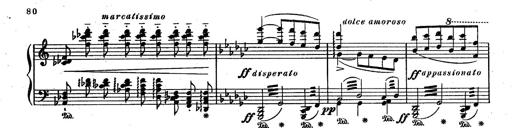
Title: RÃ©miniscences des Huguenots
Composer: Franz Liszt